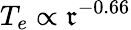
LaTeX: T_{e}\propto\mathfrak{r}^{-0.66}